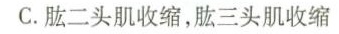
C.肱二头肌收缩，肱三头肌收缩